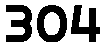
304